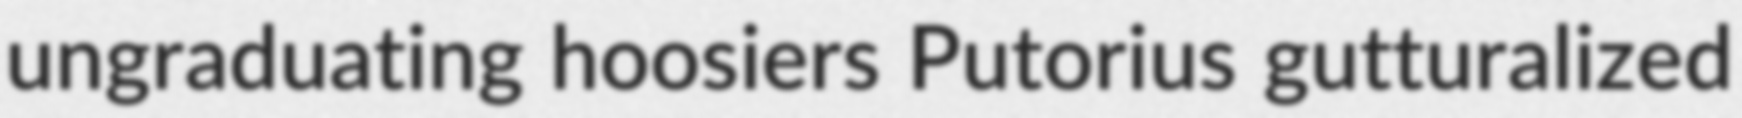
ungraduating hoosiers Putorius gutturalized